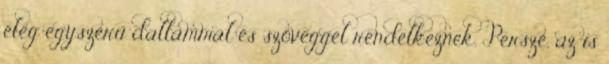
elég egyszerű dallammal és szöveggel rendelkeznek. Persze, az is